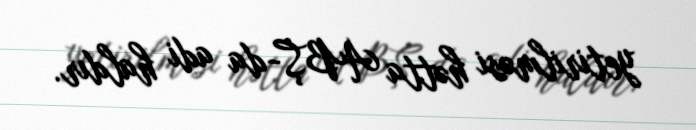
yetirilməsi hətta ABŞ-da adi haldır.